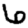
Digit: 6